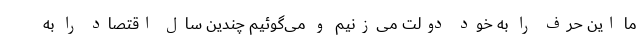
ما این حرف را به خود دولت می‌زنیم و می‌گوئیم چندین سال اقتصاد را به